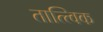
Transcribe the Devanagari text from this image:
तात्‍त्‍विक